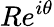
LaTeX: Re^{i\theta}